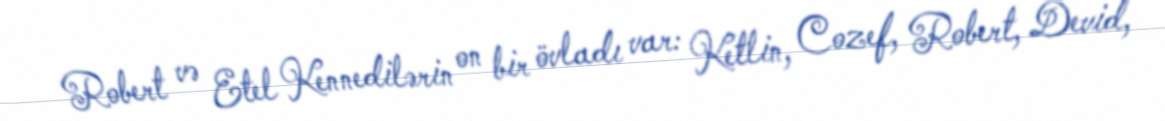
Robert və Etel Kennedilərin on bir övladı var: Ketlin, Cozef, Robert, Devid,